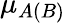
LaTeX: {\mu}_{A\left(B\right)}